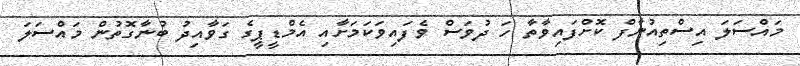
މައްސަލަ އިސްތިއުނާފް ކޮށްފައިވާތާ ހަ ދުވަސް ވެފައިވަކަމަށާއި އެމްޑީޕީގެ ގަވާއިދު ބުނާގޮތުން މައްސަލަ